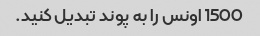
1500 اونس را به پوند تبدیل کنید.